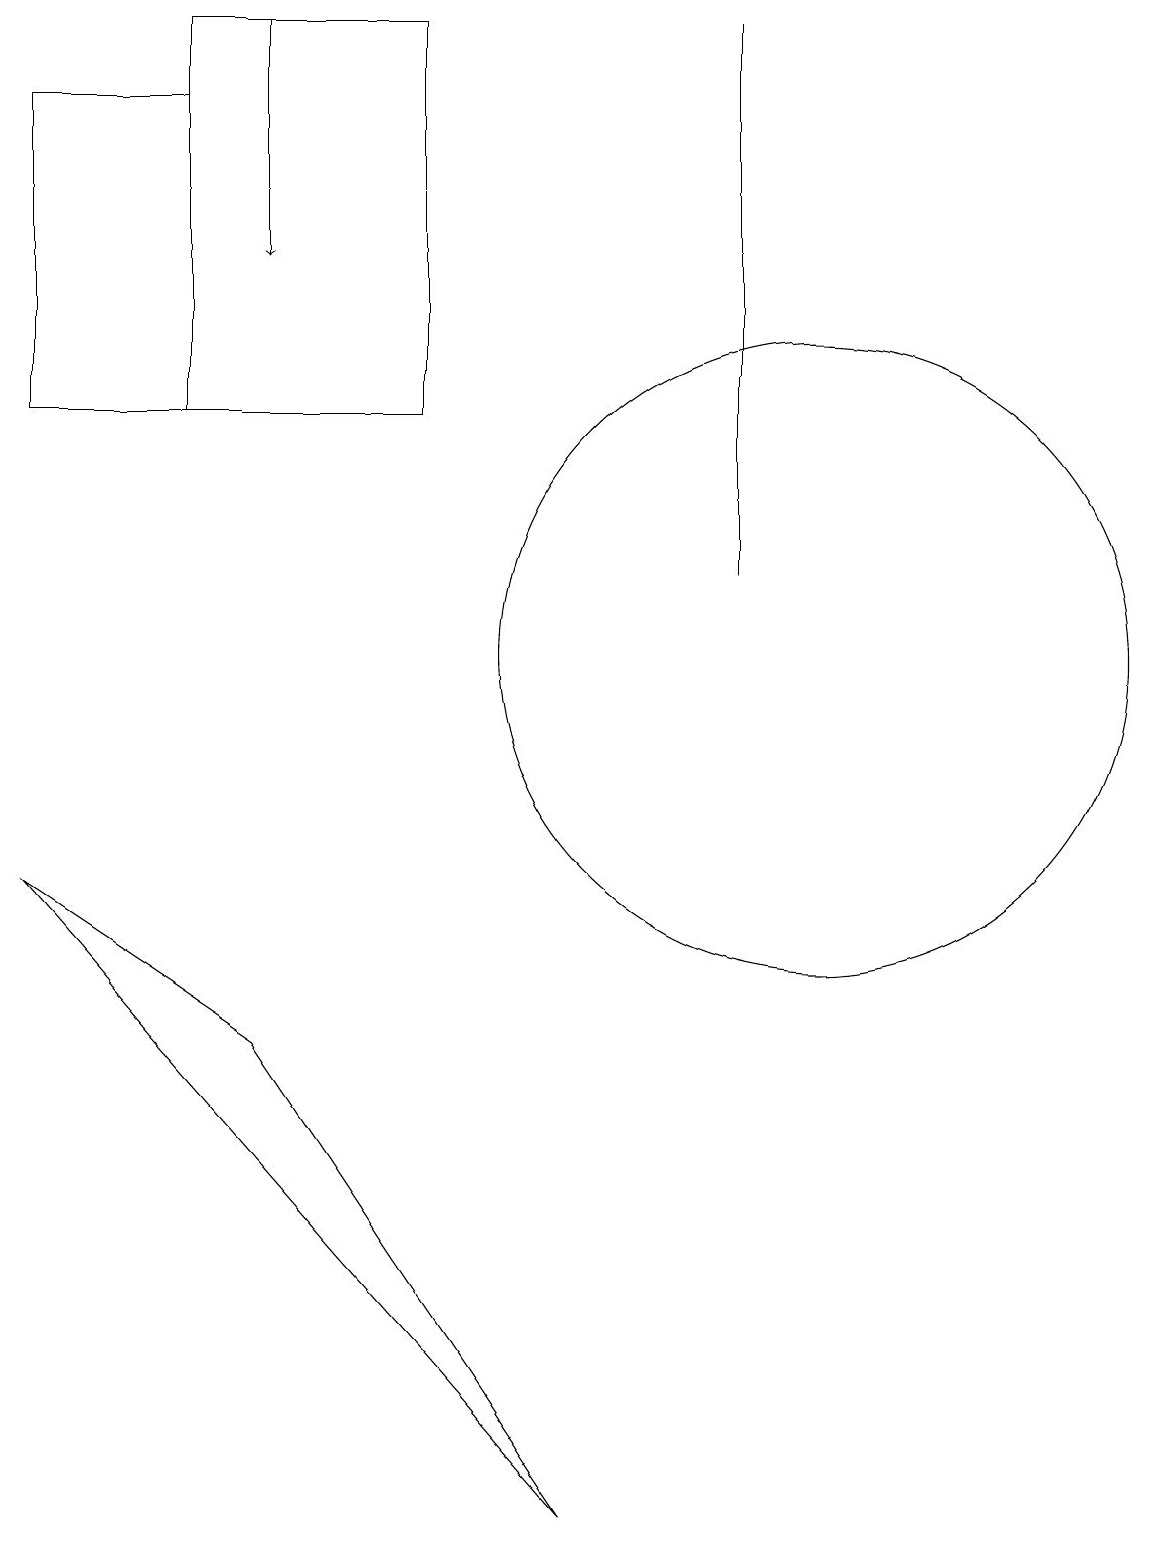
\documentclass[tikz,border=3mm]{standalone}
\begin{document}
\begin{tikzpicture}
\draw (2,14) rectangle (0,18);
\draw (9,19) rectangle (9,12);
\draw[->] (3,19) -- (3,16);
\draw (2,19) rectangle (5,14);
\draw (10,11) circle (4);
\draw (3,6) -- (0,8) -- (7,0) -- cycle;
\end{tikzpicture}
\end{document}